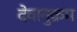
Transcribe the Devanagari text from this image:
देवानुक्रम